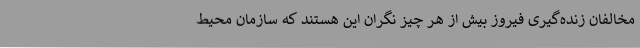
مخالفان زنده‌گیری فیروز بیش از هر چیز نگران این هستند که سازمان محیط